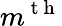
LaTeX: m^{\mathrm{~t~h~}}